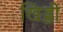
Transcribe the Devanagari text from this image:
खिड्डी